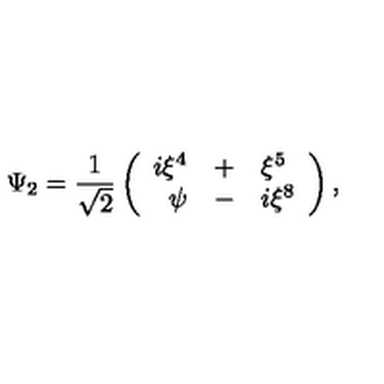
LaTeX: \Psi _ { 2 } = \frac { 1 } { \sqrt { 2 } } \left( \begin{array} { r c l } { i \xi ^ { 4 } } & { + } & { \xi ^ { 5 } } \\ { \psi } & { - } & { i \xi ^ { 8 } } \\ \end{array} \right) ,